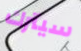
سيترك